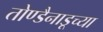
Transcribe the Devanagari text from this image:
तोण्डैनाडूच्या